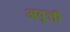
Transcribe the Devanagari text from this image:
अवृत्ती